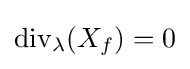
{\rm {div}}_{\lambda }(X_{f})=0